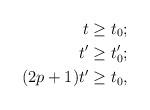
LaTeX: \begin{align*}t &\geq t_0; \\t' &\geq t'_0; \\(2p+1)t' &\geq t_0,\end{align*}